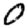
Digit: 0